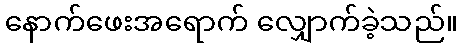
နောက်ဖေးအရောက် လျှောက်ခဲ့သည်။